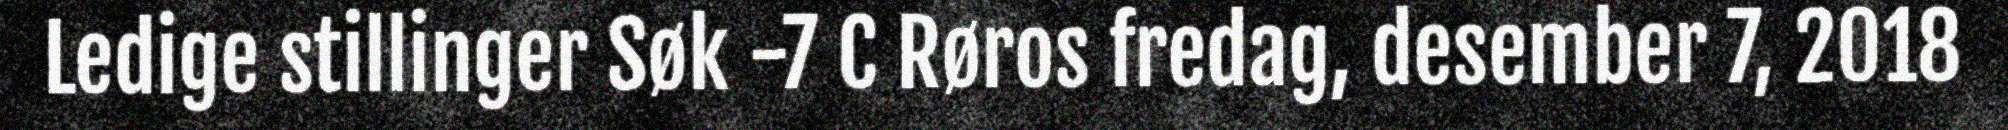
Ledige stillinger Søk -7 C Røros fredag, desember 7, 2018